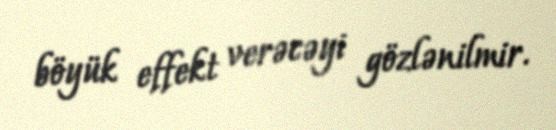
böyük effekt verəcəyi gözlənilmir.